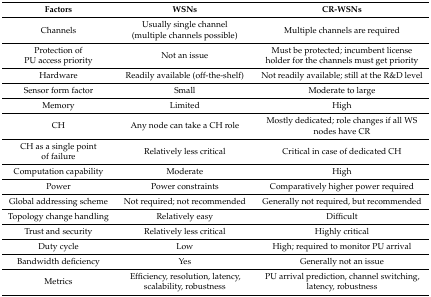
| Factors | WSNs | CR-WSNs |
 | --- | --- | --- |
 | Channels | Usually single channel (multiple channels possible) | Multiple channels are required |
 | Protection of PU access priority | Not an issue | Must be protected; incumbent license holder for the channels must get priority |
 | Hardware | Readily available (off-the-shelf) | Not readily available; still at the R&D level |
 | Sensor form factor | Small | Moderate to large |
 | Memory | Limited | High |
 | CH | Any node can take a CH role | Mostly dedicated; role changes if all WS nodes have CR |
 | CH as a single point of failure | Relatively less critical | Critical in case of dedicated CH |
 | Computation capability | Moderate | High |
 | Power | Power constraints | Comparatively higher power required |
 | Global addressing scheme | Not required; not recommended | Generally not required, but recommended |
 | Topology change handling | Relatively easy | Difficult |
 | Trust and security | Relatively less critical | Highly critical |
 | Duty cycle | Low | High; required to monitor PU arrival |
 | Bandwidth deficiency | Yes | Generally not an issue |
 | Metrics | Efficiency, resolution, latency, scalability, robustness | PU arrival prediction, channel switching, latency, robustness |